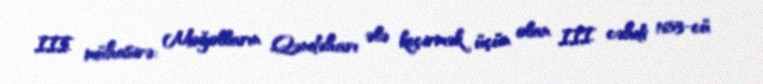
III mühasirə: Moğolların Qəndəharı ələ keçirmək üçün olan III cəhdi 1653-cü